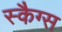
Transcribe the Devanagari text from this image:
स्कैग्स